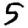
Digit: 5